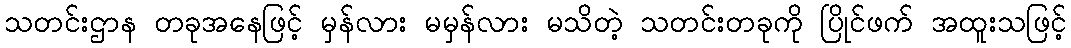
သတင်းဌာန တခုအနေဖြင့် မှန်လား မမှန်လား မသိတဲ့ သတင်းတခုကို ပြိုင်ဖက် အထူးသဖြင့်